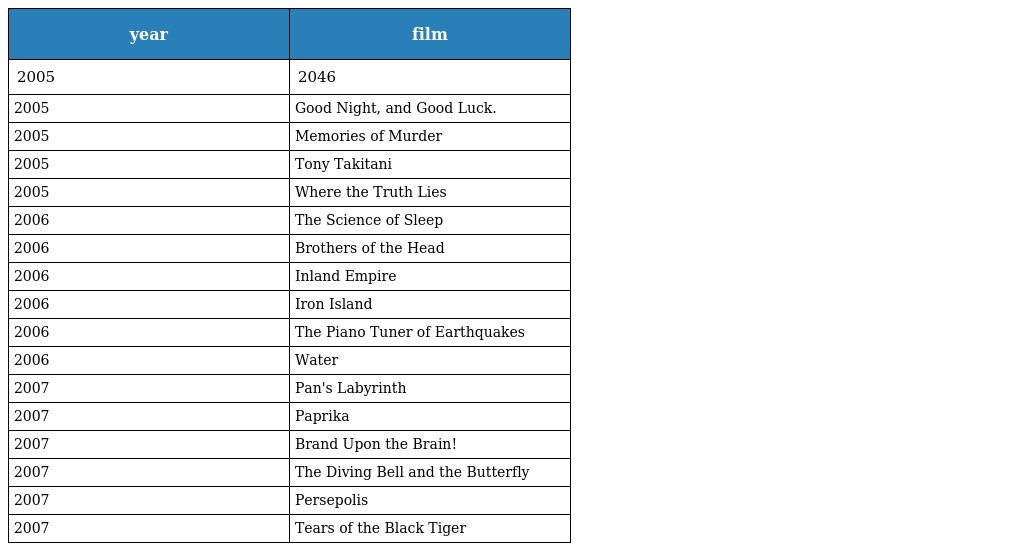
| year | film |
 | --- | --- |
 | 2005 | 2046 |
 | 2005 | Good Night, and Good Luck. |
 | 2005 | Memories of Murder |
 | 2005 | Tony Takitani |
 | 2005 | Where the Truth Lies |
 | 2006 | The Science of Sleep |
 | 2006 | Brothers of the Head |
 | 2006 | Inland Empire |
 | 2006 | Iron Island |
 | 2006 | The Piano Tuner of Earthquakes |
 | 2006 | Water |
 | 2007 | Pan's Labyrinth |
 | 2007 | Paprika |
 | 2007 | Brand Upon the Brain! |
 | 2007 | The Diving Bell and the Butterfly |
 | 2007 | Persepolis |
 | 2007 | Tears of the Black Tiger |